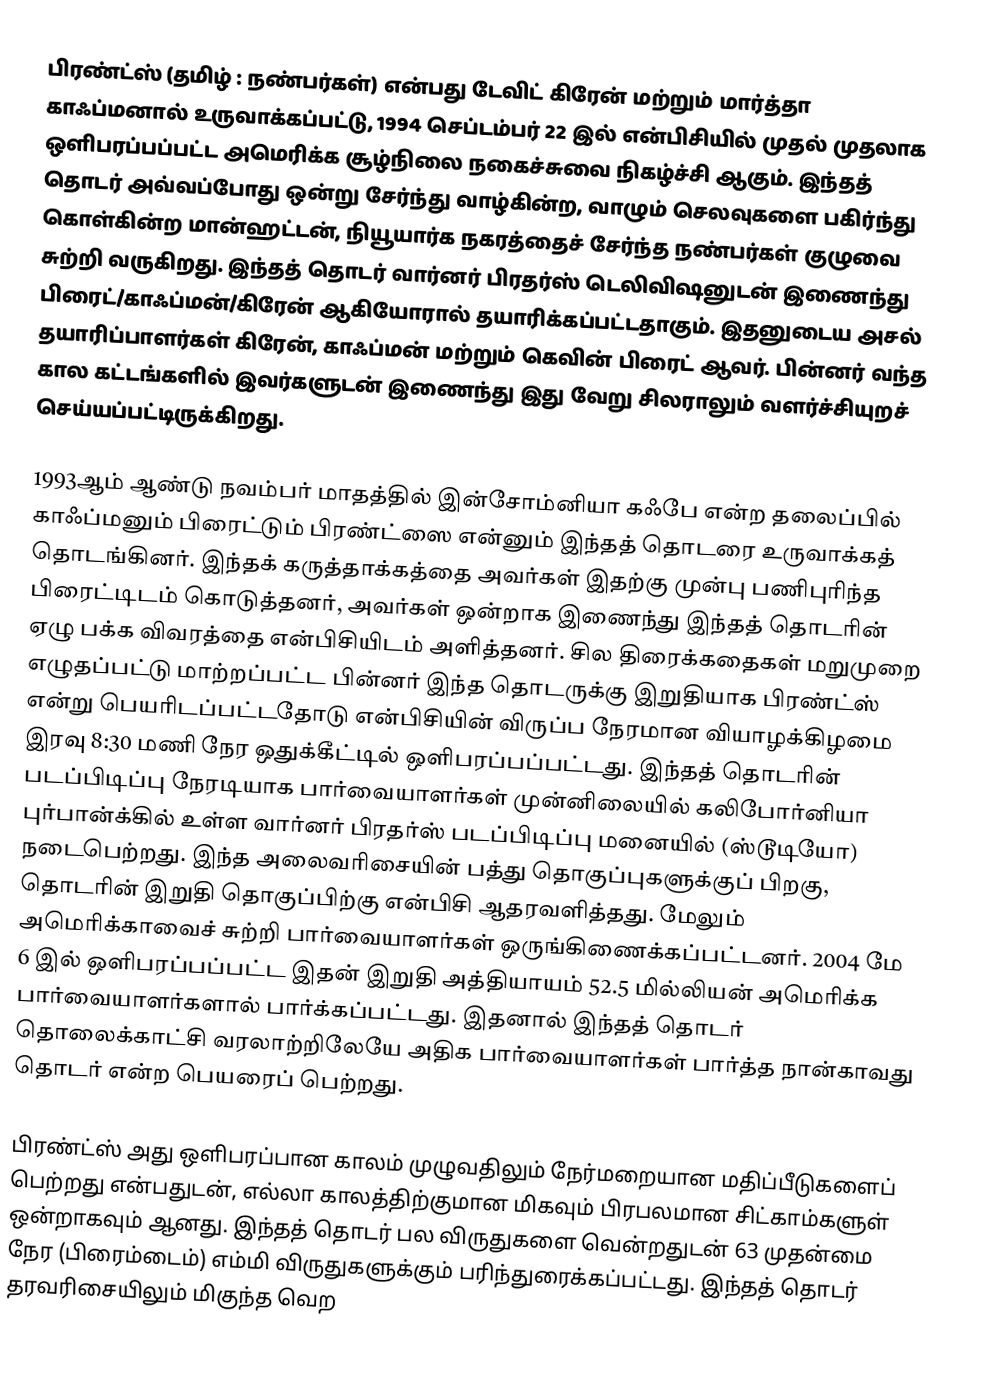
பிரண்ட்ஸ்  (தமிழ் : நண்பர்கள்) என்பது டேவிட் கிரேன் மற்றும் மார்த்தா காஃப்மனால் உருவாக்கப்பட்டு, 1994 செப்டம்பர் 22 இல் என்பிசியில் முதல் முதலாக ஒளிபரப்பப்பட்ட அமெரிக்க சூழ்நிலை நகைச்சுவை நிகழ்ச்சி ஆகும். இந்தத் தொடர் அவ்வப்போது ஒன்று சேர்ந்து வாழ்கின்ற, வாழும் செலவுகளை பகிர்ந்து கொள்கின்ற மான்ஹட்டன், நியூயார்க நகரத்தைச் சேர்ந்த நண்பர்கள் குழுவை சுற்றி வருகிறது. இந்தத் தொடர் வார்னர் பிரதர்ஸ் டெலிவிஷனுடன் இணைந்து பிரைட்/காஃப்மன்/கிரேன் ஆகியோரால் தயாரிக்கப்பட்டதாகும். இதனுடைய அசல் தயாரிப்பாளர்கள் கிரேன், காஃப்மன் மற்றும் கெவின் பிரைட் ஆவர். பின்னர் வந்த கால கட்டங்களில் இவர்களுடன் இணைந்து இது வேறு சிலராலும் வளர்ச்சியுறச் செய்யப்பட்டிருக்கிறது.

1993ஆம் ஆண்டு நவம்பர் மாதத்தில் இன்சோம்னியா கஃபே என்ற தலைப்பில் காஃப்மனும் பிரைட்டும் பிரண்ட்ஸை என்னும் இந்தத் தொடரை உருவாக்கத் தொடங்கினர். இந்தக் கருத்தாக்கத்தை அவர்கள் இதற்கு முன்பு பணிபுரிந்த பிரைட்டிடம் கொடுத்தனர், அவர்கள் ஒன்றாக இணைந்து இந்தத் தொடரின் ஏழு பக்க விவரத்தை என்பிசியிடம் அளித்தனர். சில திரைக்கதைகள் மறுமுறை எழுதப்பட்டு மாற்றப்பட்ட பின்னர் இந்த தொடருக்கு இறுதியாக பிரண்ட்ஸ் என்று பெயரிடப்பட்டதோடு என்பிசியின் விருப்ப நேரமான வியாழக்கிழமை இரவு 8:30 மணி நேர ஒதுக்கீட்டில் ஒளிபரப்பப்பட்டது. இந்தத் தொடரின் படப்பிடிப்பு நேரடியாக பார்வையாளர்கள் முன்னிலையில் கலிபோர்னியா புர்பான்க்கில் உள்ள வார்னர் பிரதர்ஸ் படப்பிடிப்பு மனையில் (ஸ்டூடியோ) நடைபெற்றது. இந்த அலைவரிசையின் பத்து தொகுப்புகளுக்குப் பிறகு, தொடரின் இறுதி தொகுப்பிற்கு என்பிசி ஆதரவளித்தது. மேலும் அமெரிக்காவைச் சுற்றி பார்வையாளர்கள் ஒருங்கிணைக்கப்பட்டனர். 2004 மே 6 இல் ஒளிபரப்பப்பட்ட இதன் இறுதி அத்தியாயம் 52.5 மில்லியன் அமெரிக்க பார்வையாளர்களால் பார்க்கப்பட்டது. இதனால் இந்தத் தொடர் தொலைக்காட்சி வரலாற்றிலேயே அதிக பார்வையாளர்கள் பார்த்த நான்காவது தொடர் என்ற பெயரைப் பெற்றது.

பிரண்ட்ஸ் அது ஒளிபரப்பான காலம் முழுவதிலும் நேர்மறையான மதிப்பீடுகளைப் பெற்றது என்பதுடன், எல்லா காலத்திற்குமான மிகவும் பிரபலமான சிட்காம்களுள் ஒன்றாகவும் ஆனது. இந்தத் தொடர் பல விருதுகளை வென்றதுடன் 63 முதன்மை நேர (பிரைம்டைம்) எம்மி விருதுகளுக்கும் பரிந்துரைக்கப்பட்டது. இந்தத் தொடர் தரவரிசையிலும் மிகுந்த வெற